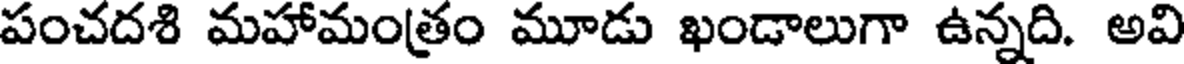
పంచదశి మహామంత్రం మూడు ఖండాలుగా ఉన్నది. అవి